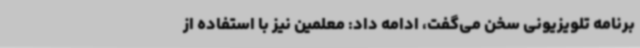
برنامه تلویزیونی سخن می‌گفت، ادامه داد: معلمین نیز با استفاده از